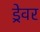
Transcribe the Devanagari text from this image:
ड्रेवर